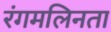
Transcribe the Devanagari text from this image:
रंगमलिनता